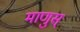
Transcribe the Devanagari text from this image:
माणुस्